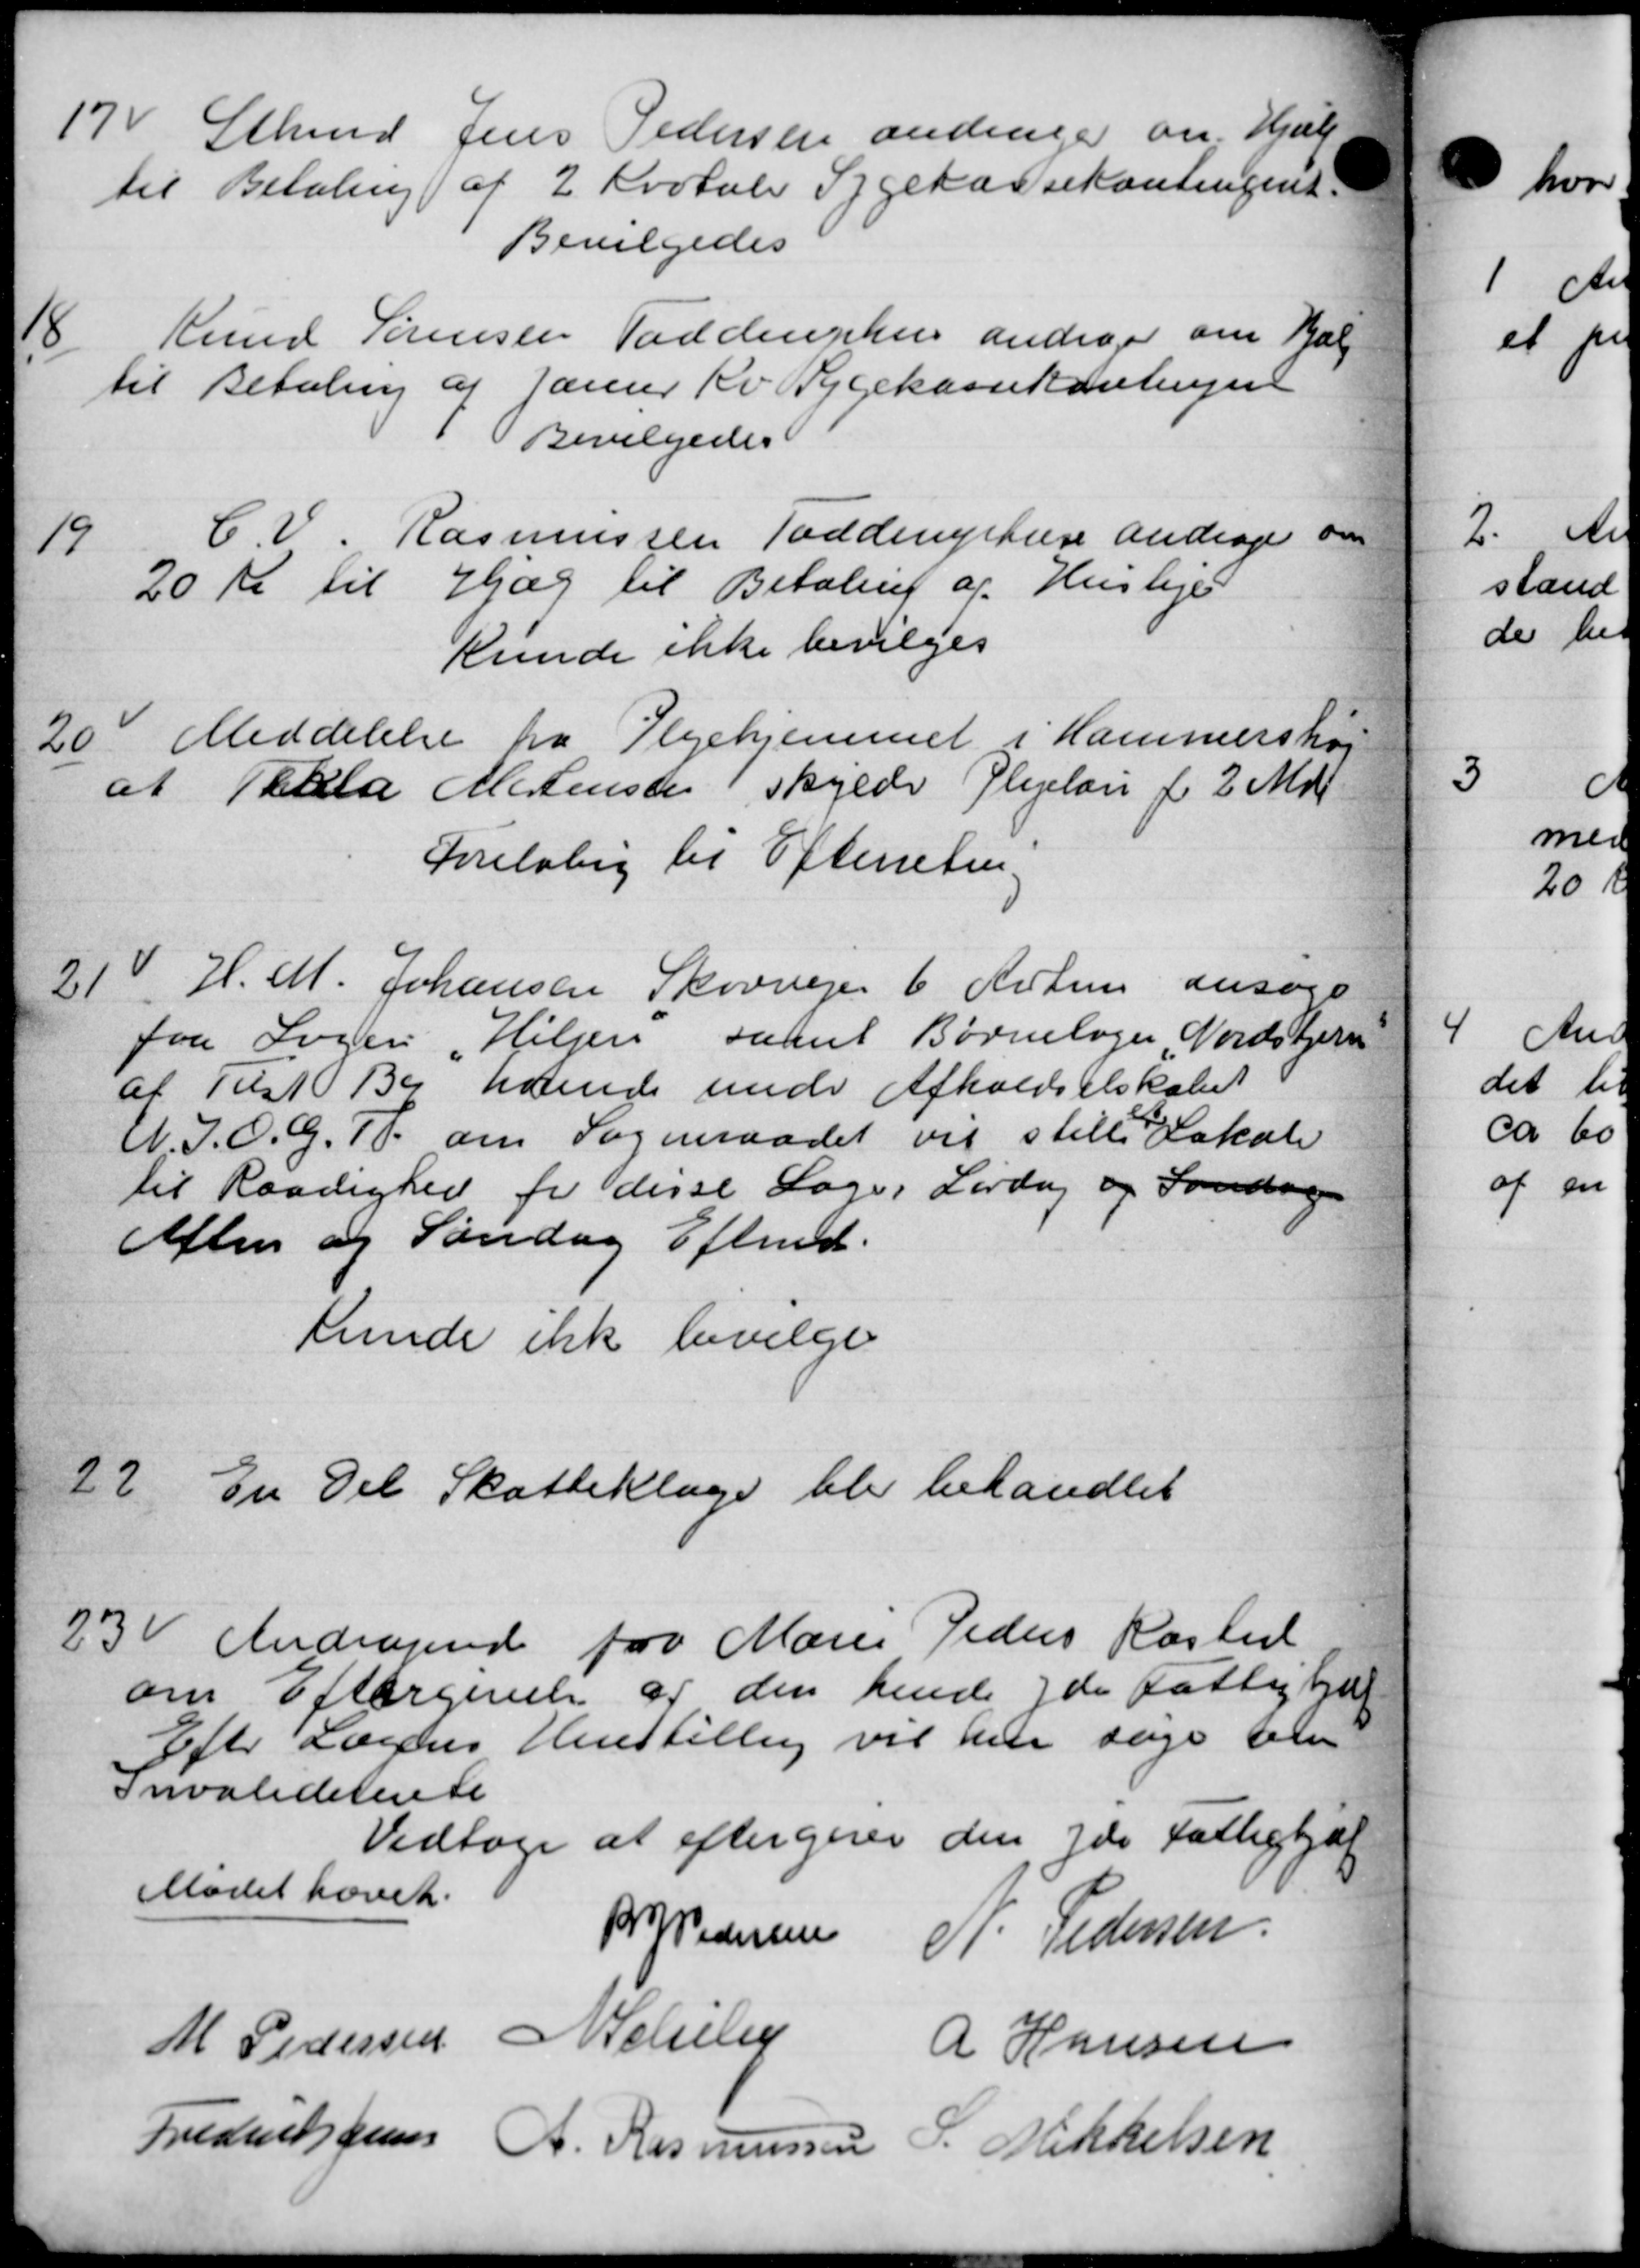
Transskription:
17
Sthmd Jens Pedersen andrager om Hjælp
til Betaling af 2 Kvotale Sygekassekontingent
Bevilgedes
18
Knud Sørensen Taddruphus andrager om Valg
til Betaling af Januar Kv Sygekassekontingen
Bevilgedes:
19
C. V. Rasmussen Toddingshus andrager om
20 Kr til Hjælp til Betaling af Husleje
Kunde ikke bevilges
20.
Meddelelse fra Plejehjemmet i Hammershøj
at Tilla Mortensen Skylds Plejeløn for 2 Mdr.
Foreløbig til Efterretning
21
H. M. Johansen Skovvejen 6 Århus ansøge
fra Sagen „Hiljen samt Børnelæger Nordstjern
af Tilst Be havde under Afholdselskabet
U. J. O. G. T. om Sogneraadet vil stille Lokale
til Raadighed for disse Lage, Lørdag og Søndagen
Aften og Søndag Efteret.
kunde ikke bevilge
22.
En Del Skatteklage blev behandlet
23
Andragende fra Marie Peders Rasted
om Eftergivelse af den hende yde Fattighjæl
Efter Lægens Henstillig vil hen søge om
Invaliderente
Vedtoges at eftergiver den yde Fattighjælp
Mødet hævet.
R P Pedersen N. Pedersen
M Pedersen Nelly A Hansen
Frederiksens A. Rasmussen P. Mikkelsen